Civil Veterinary Department. Madras. Admin. report 1926-33 - 1926-1933
Year: 1926
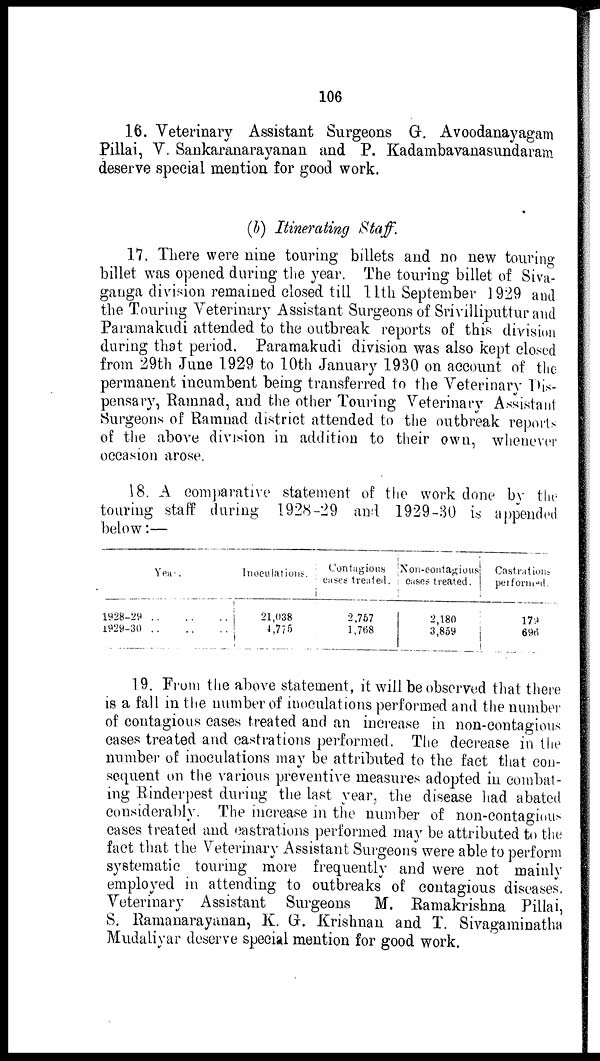
106
16. Veterinary Assistant Surgeons G. Avoodanayagam
Pillai, V. Sankaranarayanan and P. Kadambavanasundaram
deserve special mention for good work,
(b) Itinerating Staff.
17. There were nine touring billets and no new touring
billet was opened during the year. The touring billet of Siva-
ganga division remained closed till 11th September 1929 and
the Touring Veterinary Assistant Surgeons of Srivilliputtur and
Paramakudi attended to the outbreak reports of this division
during that period. Paramakudi division was also kept closed
from 29th June 1929 to 10th January 1930 on account of the
permanent incumbent being transferred to the Veterinary Dis-
pensary, Ramnad, and the other Touring Veterinary Assistant
Surgeons of Ramnad district attended to the outbreak reports
of the above division in addition to their own, whenever
occasion arose.
18. A comparative statement of the work done by the
touring staff during 1928-29 and 1929-30 is appended
below:—
Year.
1928-29
..
..
..
1929-30
..
...
..
Inoculations.
21,038
4,775
Contagious
cases treated.
2,767
1,768
Noncontagious
Cases treated.
2,180
3,859
Castrations
performed.
179
696
19. From the above statement, it will be observed that there
is a fall in the number of inoculations performed and the number
of contagious cases treated and an increase in non-contagious
cases treated and castrations performed. The decrease in the
number of inoculations may be attributed to the fact that con-
sequent on the various preventive measures adopted in combat-
ing Rinderpest during the last year, the disease had abated
considerably. The increase in the number of non-contagious
cases treated and castrations performed may be attributed to the
fact that the Veterinary Assistant Surgeons were able to perform
systematic touring more frequently and were not mainly
employed in attending to outbreaks of contagious diseases.
Veterinary Assistant Surgeons M. Ramakrishna Pillai,
S. Ramanarayanan, K. G. Krishnan and T. Sivagaminatha
Mudaliyar deserve special mention for good work.